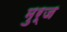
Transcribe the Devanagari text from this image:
मुर्ज